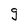
Character: g